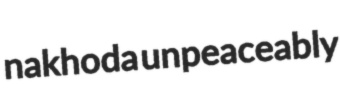
nakhoda unpeaceably